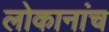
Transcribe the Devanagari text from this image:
लोकानांच